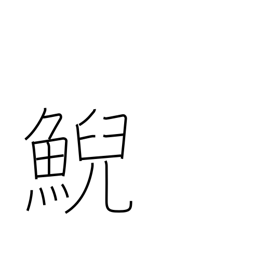
Meaning: female whale